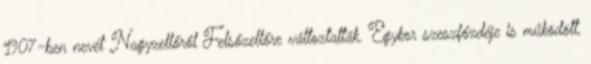
1907-ben nevét Nagyzellőről Felsőzellőre változtatták. Egykor szeszfőzdéje is működött,